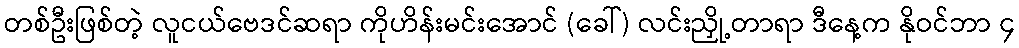
တစ်ဦးဖြစ်တဲ့ လူငယ်ဗေဒင်ဆရာ ကိုဟိန်းမင်းအောင် (ခေါ်) လင်းညှို့တာရာ ဒီနေ့က နိုဝင်ဘာ ၄